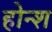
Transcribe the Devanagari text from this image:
होन्श